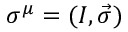
\sigma ^ { \mu } = ( I , { \vec { \sigma } } )